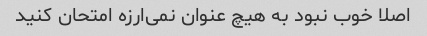
اصلا خوب نبود به هیچ عنوان نمی‌ارزه امتحان کنید